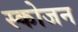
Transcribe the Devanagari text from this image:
स्कोजन